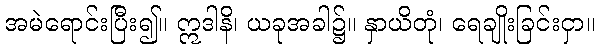
အမဲရောင်းပြီး၍။ ဣဒါနိ၊ ယခုအခါ၌။ နှာယိတုံ၊ ရေချိုးခြင်းငှာ။